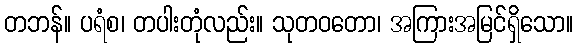
တဘန်။ ပရံစ၊ တပါးတုံလည်း။ သုတဝတော၊ အကြားအမြင်ရှိသော။